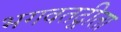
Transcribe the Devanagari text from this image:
भगवतद्गीता